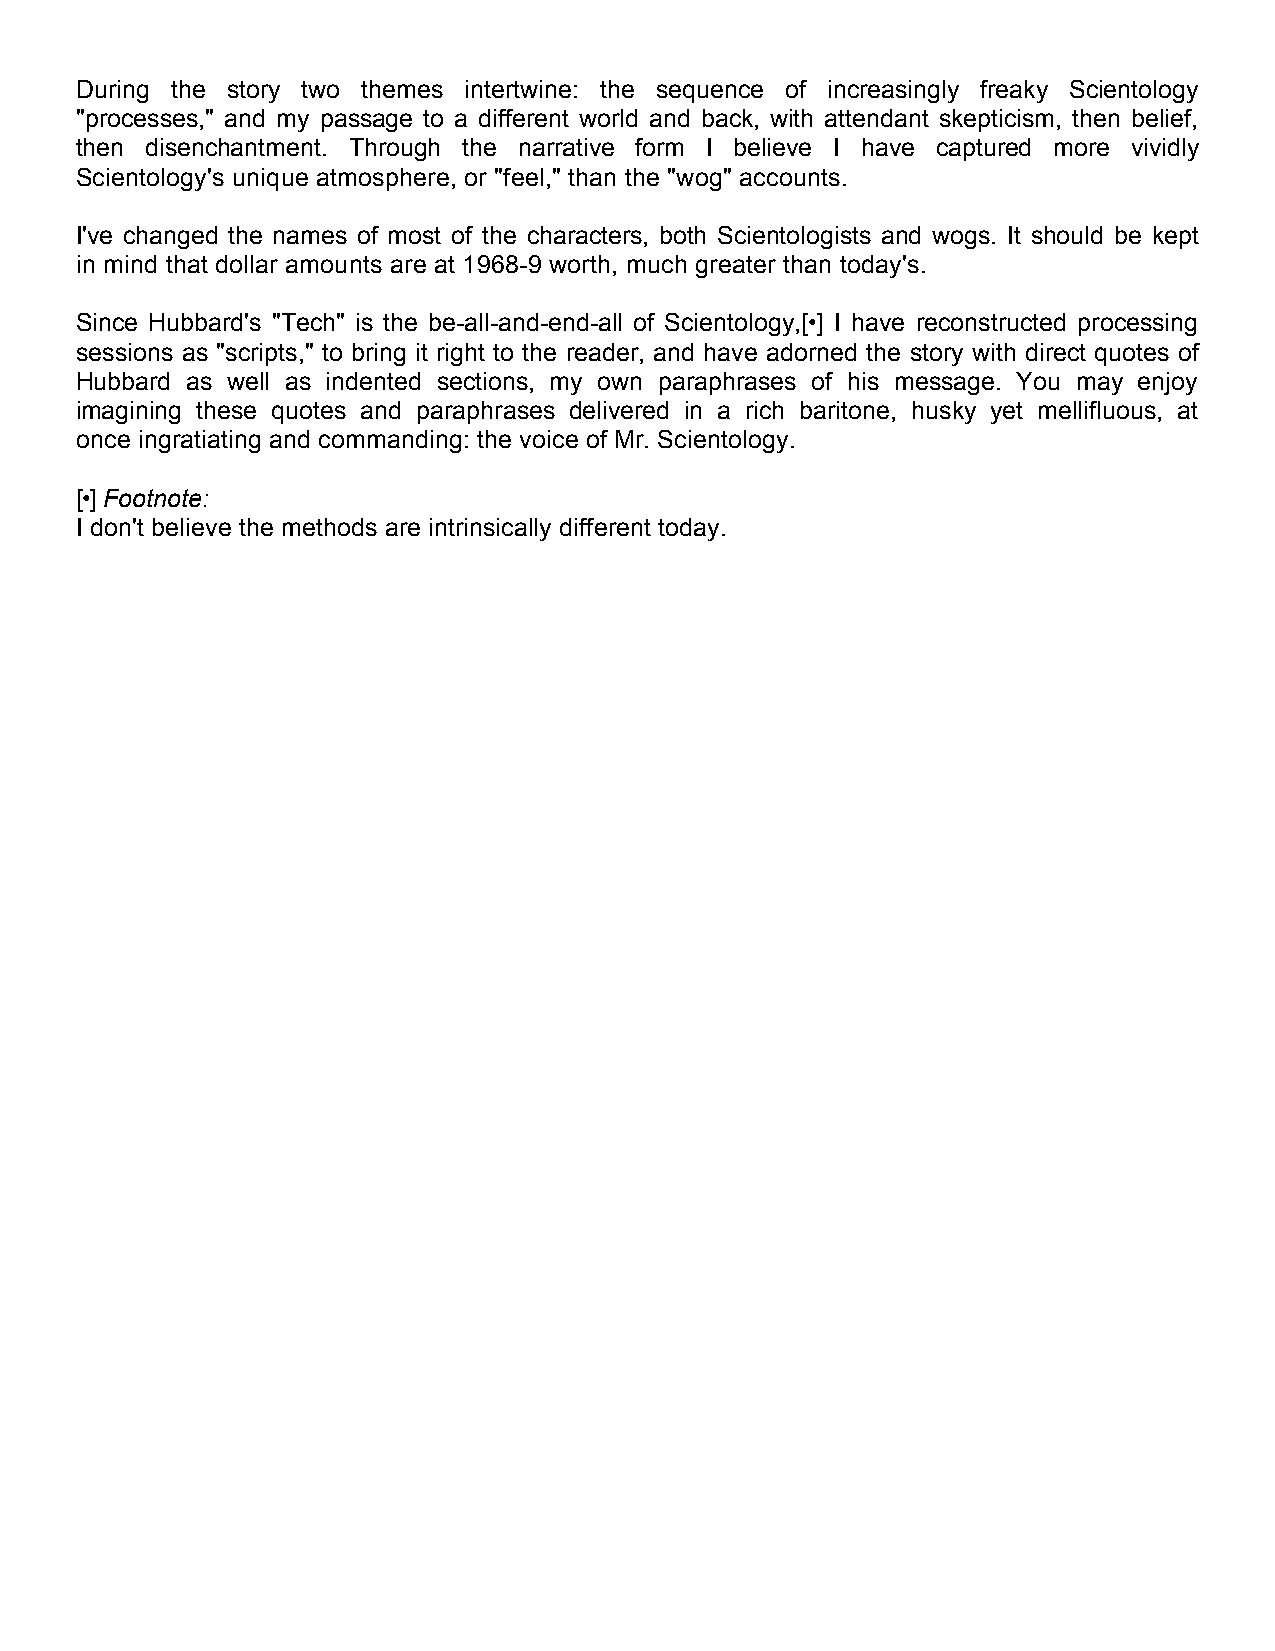
During the story two themes intertwine: the sequence of increasingly freaky Scientology
 "processes," and my passage to a different world and back, with attendant skepticism, then belief,
 then disenchantment. Through the narrative form I believe I have captured more vividly
 Scientology's unique atmosphere, or "feel," than the "wog" accounts.
 I've changed the names of most of the characters, both Scientologists and wogs. It should be kept
 in mind that dollar amounts are at 1968-9 worth, much greater than today's.
 Since Hubbard's "Tech" is the be-all-and-end-all of Scientology,[•] I have reconstructed processing
 sessions as "scripts," to bring it right to the reader, and have adorned the story with direct quotes of
 Hubbard as well as indented sections, my own paraphrases of his message. You may enjoy
 imagining these quotes and paraphrases delivered in a rich baritone, husky yet mellifluous, at
 once ingratiating and commanding: the voice of Mr. Scientology.
 [•] Footnote:
 I don't believe the methods are intrinsically different today.